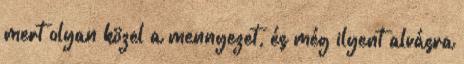
mert olyan közel a mennyezet, és még ilyent alvásra